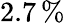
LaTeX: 2.7\, \%